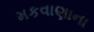
મકવાણાના